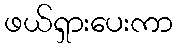
ဖယ်ရှားပေးကာ